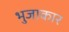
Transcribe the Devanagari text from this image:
भुजाकार